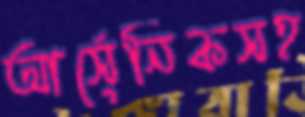
আর্সেনিকসহ